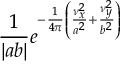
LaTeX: { \frac { 1 } { | a b | } } e ^ { - { \frac { 1 } { 4 \pi } } \left( { \frac { \nu _ { x } ^ { 2 } } { a ^ { 2 } } } + { \frac { \nu _ { y } ^ { 2 } } { b ^ { 2 } } } \right) }